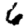
Digit: 6